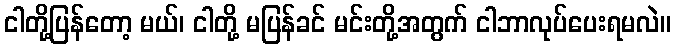
ငါတို့ပြန်တော့ မယ်၊ ငါတို့ မပြန်ခင် မင်းတို့အတွက် ငါဘာလုပ်ပေးရမလဲ။